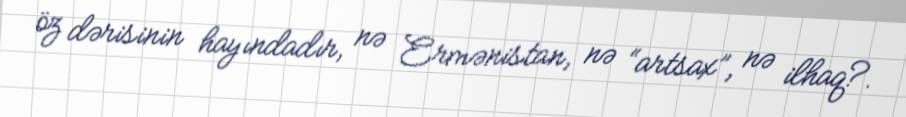
öz dərisinin hayındadır, nə Ermənistan, nə “artsax”, nə ilhaq?.